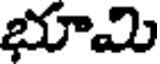
భూమి